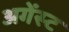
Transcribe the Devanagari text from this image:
अगेंस्‍ट